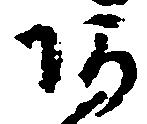
阿